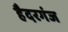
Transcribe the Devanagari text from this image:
हैदरगंज